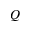
Q